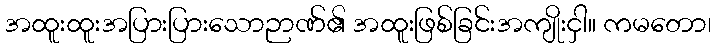
အထူးထူးအပြားပြားသောဉာဏ်၏ အထူးဖြစ်ခြင်းအကျိုးငှါ။ ကမတော၊